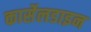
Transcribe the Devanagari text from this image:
कार्सेलडाइन